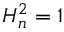
H _ { n } ^ { 2 } = \mathbb { 1 }